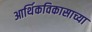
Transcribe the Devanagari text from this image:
आर्थिकविकासाच्या